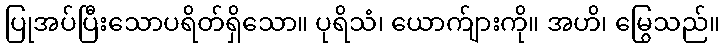
ပြုအပ်ပြီးသောပရိတ်ရှိသော။ ပုရိသံ၊ ယောက်ျားကို။ အဟိ၊ မြွေသည်။